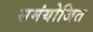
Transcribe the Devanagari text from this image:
समंयोजित